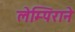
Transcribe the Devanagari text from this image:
लेम्पिराने